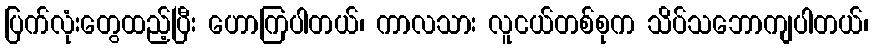
ပြက်လုံးတွေထည့်ပြီး ဟောကြပါတယ်၊ ကာလသား လူငယ်တစ်စုက သိပ်သဘောကျပါတယ်၊